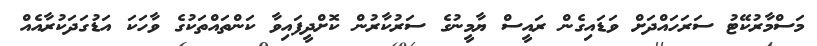
މަސްމާރުކޭޓު ސަރަހައްދަށް ވަޑައިގެން ރައީސް ޔާމީނުގެ ސަރުކާރުން ކޮށްދީފައިވާ ކަންތައްތަކުގެ ވާހަކަ އަޑުގަދަކުރާއެއް